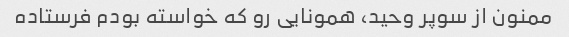
ممنون از سوپر وحید، همونایی رو که خواسته بودم فرستاده